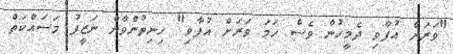
"ވަރަށް އުފާވި ދެމީހުން ވެސް ހަމަ ވަރަށް އުފާވި" ހިނިތުންވާން ނަޒީފު މަސައްކަތް